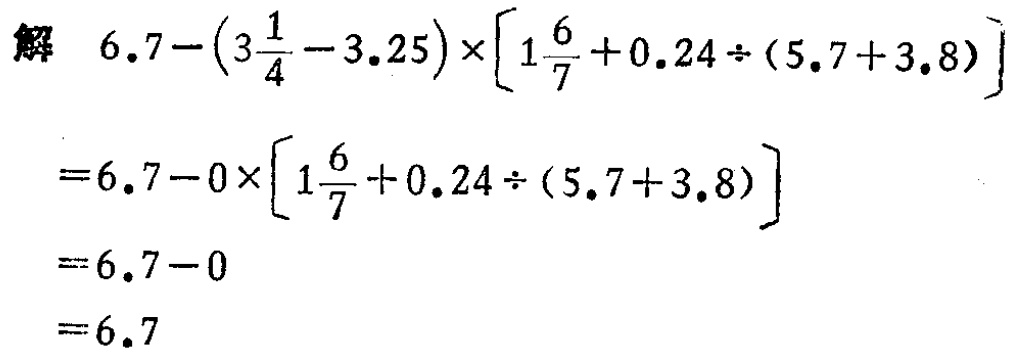
解 \(6.7 - (3\frac{1}{4} - 3.25)\times[1\frac{6}{7} + 0.24\div(5.7 + 3.8)]\)

\(= 6.7 - 0\times[1\frac{6}{7} + 0.24\div(5.7 + 3.8)]\)

\(= 6.7 - 0\)

\(= 6.7\)